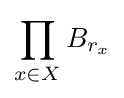
\prod _{x\in X}B_{r_{x}}